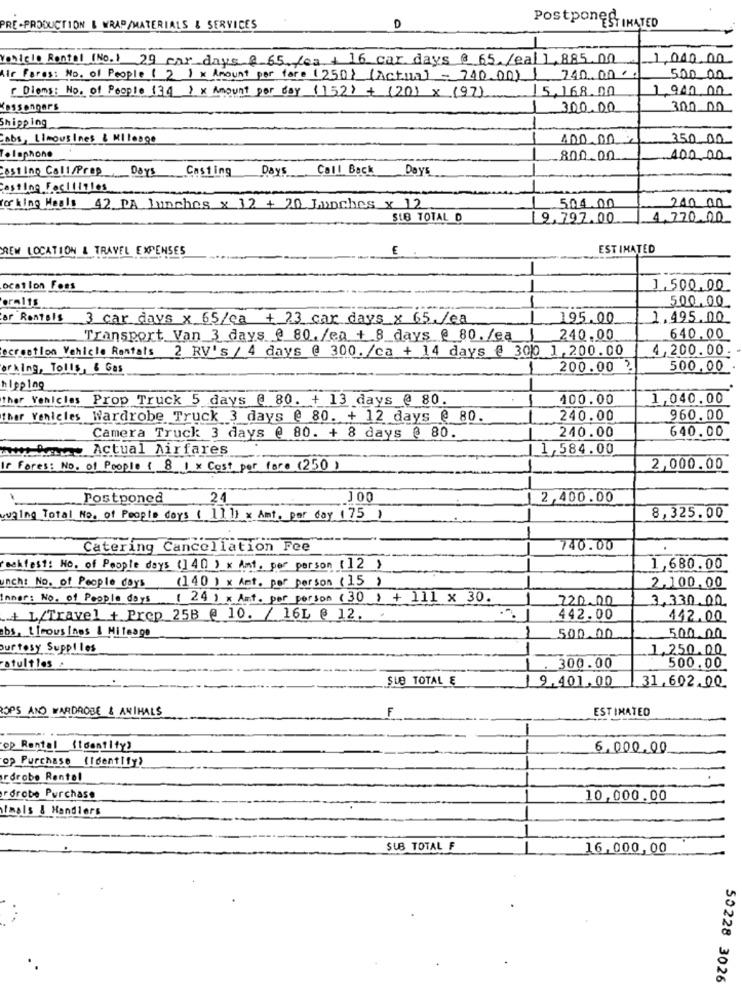
Postponed
ESTIMATED
PRE- PRODUCTION & WRAP/MATERIALS & SERVICES
D
Vehicle Rental [No.) 29 car days & 65, fea + 16 car days @ 65. /eal 1,885.00
1,000.00
Air Fares: No. of People ( 2 ) x Amount per fare (250} (Actual = 740.00) | 740.00
500 00
Diens: No. of People 134 ) x Amount per day (152) + (20) × (97)
15,168.00
1,940.00
DSSenDers
300.00
300 00
Shipping
abs, Limousines & Mllongo
100.00
350.00
Telephone
800.00
100.00.
Casting Call/Prop Days Casting Days Call Back Days
Casting Fac/119los
For king Meals 42 PA lunches x 12 + 20 Lunches x 12
504.00
200.00
SUB TOTAL D
9,797.00
4,770.00
NEW LOCATION & TRAVEL EXPENSES
€
ESTIMATED
--
ocation Fees
1.500.00
eralts
500.00
--
ar Rentals 3 car days x 65/ca + 23 car days x 65./ea
195.00
1.495.00
Transport Van 3 days @ 80. /ea + 8 days @ 80. /ea )
240.00
640.00
Recreation Vehicle Rentals 2 RV's / 4 days @ 300. /ca + 14 days @ 300 1, 200.00
4,200.00
orking, Tolls, & Gas
200.00 ?
500.00
hipping
ther Vehicles Prop Truck 5 days @ 80. + 13 days @ 80.
100.00
1,040.00
ther Venicles Wardrobe Truck 3 days @ 80. + 12 days @ 80.
240.00
960.00
240.00
640.00
Camera Truck 3 days @ 80. + 8 days @ 80.
Antony Actual Airfares
1,584.00
If Fores: No. of People ( 8 ) x Cost per fore (250 )
2,000.00
Postponed
24
J00
1 2,400.00
waing Total No. of People days [ ]] ]] x Amt. per day (75 )
8,325.00
Catering Cancellation Fee
740.00
rockfest: No. of People days (] 40 ) x Ant. per person (12 )
1,680.00
unch: No. of People days
(140 ) x Amt. per person (15 )
2,100.00
inner: No. of People days
( 24 ) x Ant. per person (30 ) + 111 x 30.
220.00
3,330.00
+ 1/Travel + Prep_258 @ 10. / 161 @ 12.
442.00
442.00
bs, ticous Inos & Mileage
500.00
500.00
urtosy Suppl les
1,250.00
atultles
300.00
500.00
SUB TOTAL E
19.401.00
31,602.00
ROPS AND WARDROBE & ANIMALS
F
ESTIMATED
op Rental (identity)
6.000.00
op Purchase (Identify)
rdrobe Rental
rdrobe Purchase
10,000.00
Simals & Handlers
SUB TOTAL F
16,000,00
50228 3026